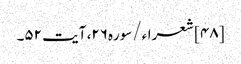
[۴۸] شعراء/سوره۲۶، آیت ۵۲۔